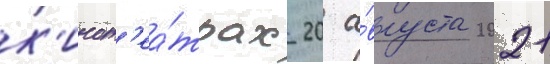
к'инот'еа́трах 20 а́вгуста 2021